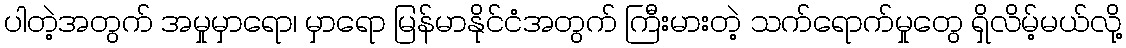
ပါတဲ့အတွက် အမှုမှာရော၊ မှာရော မြန်မာနိုင်ငံအတွက် ကြီးမားတဲ့ သက်ရောက်မှုတွေ ရှိလိမ့်မယ်လို့